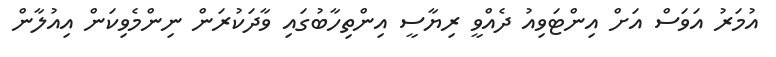
އުމަރު އަވަސް އަށް އިންޓަވިއު ދެއްވީ ރިޔާސީ އިންތިހާބުގައި ވާދަކުރަން ނިންމެވިކަން އިއުލާން